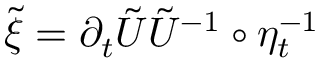
\tilde { \xi } = \partial _ { t } { \tilde { U } } \tilde { U } ^ { - 1 } \circ \eta _ { t } ^ { - 1 }